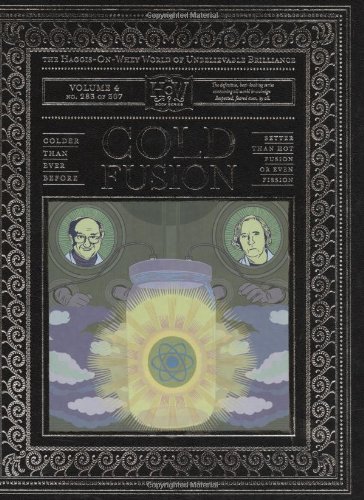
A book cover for Cold Fusion (The Haggis-On-Whey World of Unbelievable Brilliance); Doris Haggis-On-Whey; Humor & Entertainment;